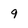
Character: 9